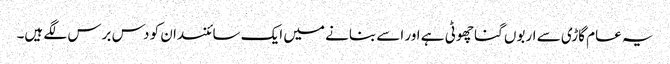
یہ عام گاڑی سے اربوں گنا چھوٹی ہے اور اسے بنانے میں ایک سائنسدان کو دس برس لگے ہیں۔